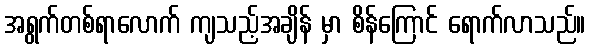
အရွက်တစ်ရာလောက် ကျသည့်အချိန် မှာ စိန်ကြောင် ရောက်လာသည်။